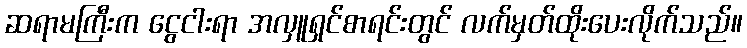
ဆရာမကြီးက ငွေငါးရာ အလှူရှင်စာရင်းတွင် လက်မှတ်ထိုးပေးလိုက်သည်။